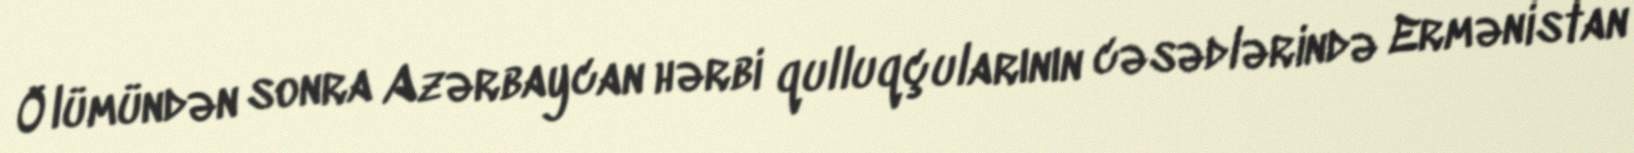
Ölümündən sonra Azərbaycan hərbi qulluqçularının cəsədlərində Ermənistan